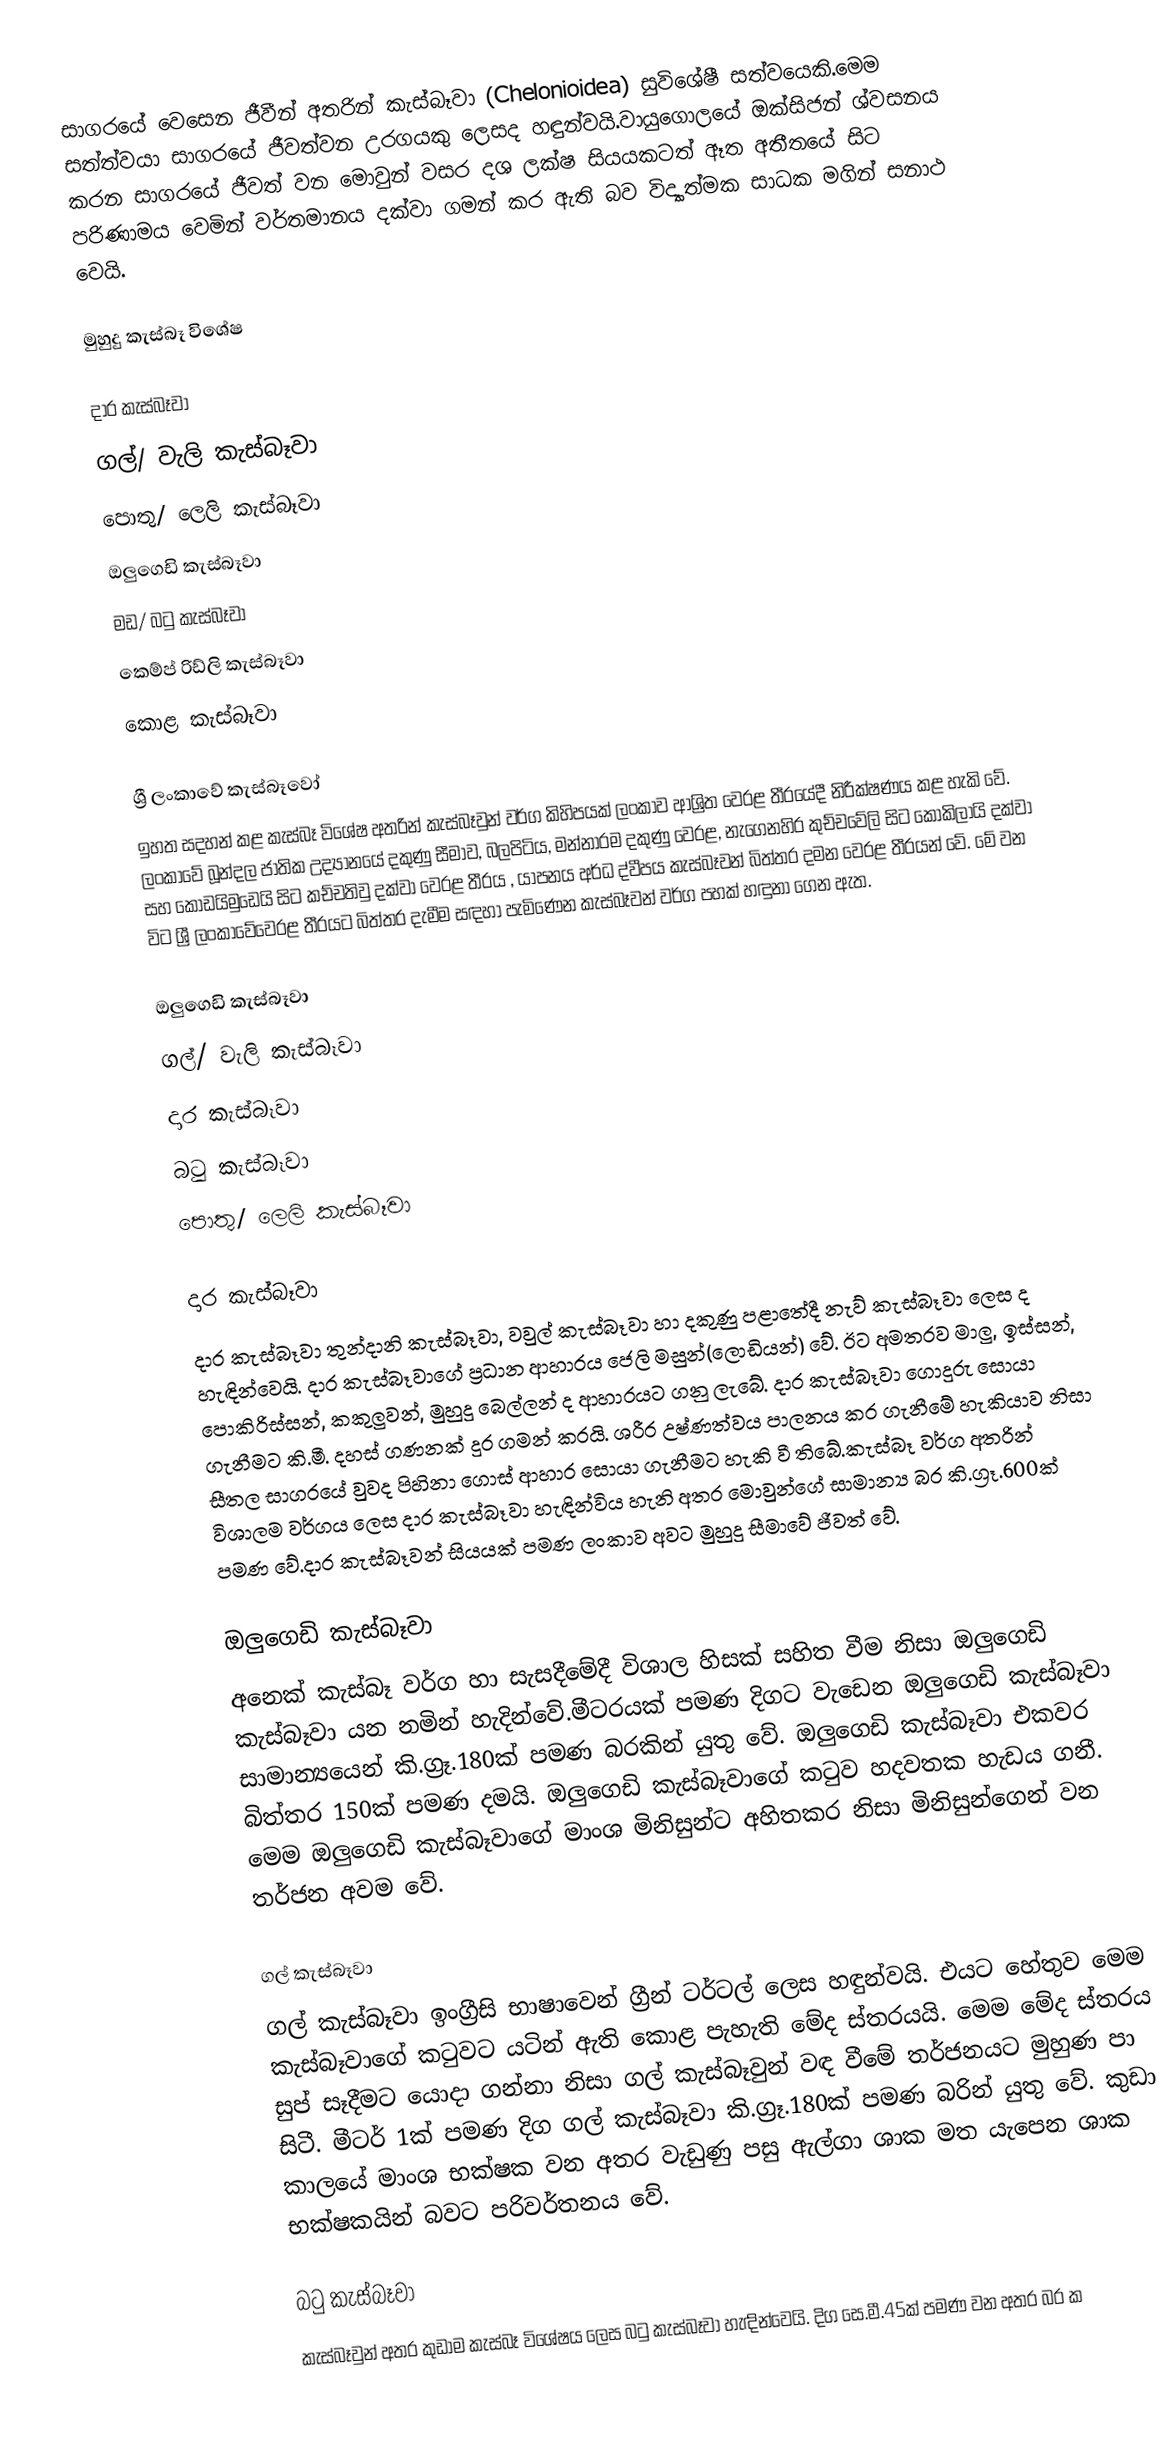
සාගරයේ වෙසෙන ජීවීන් අතරින් කැස්බෑවා (Chelonioidea) සුවිශේෂී සත්වයෙකි.මෙම සත්ත්වයා සාගරයේ ජීවත්වන උරගයකු ලෙසද හඳුන්වයි.වායුගොලයේ ඔක්සිජන් ශ්වසනය කරන සාගරයේ ජීවත් වන මොවුන් වසර දශ ලක්ෂ සියයකටත් ඈත අතීතයේ සිට පරිණාමය වෙමින් වර්තමානය දක්වා ගමන් කර ඇති බව විද්‍යාත්මක සාධක මගින් සනාථ වෙයි.

මුහුදු කැස්බෑ විශේෂ

දාර කැස්බෑවා
ගල්/ වැලි කැස්බෑවා
පොතු/ ලෙ‍ලි කැස්බෑවා
ඔලුගෙඩි කැස්බෑවා
මඩ/ බටු කැස්බෑවා
කෙම්ප් රිඩ්ලි කැස්බෑවා
කොළ කැස්බෑවා

ශ්‍රී ලංකාවේ කැස්බෑවෝ
ඉහත සදහන් කළ කැස්බෑ විශේෂ අතරින් කැස්බෑවුන් වර්ග කිහිපයක් ලංකාව ආශ්‍රිත වෙරළ තීරයේදී නිරීක්ෂණය කළ හැකි වේ. ලංකාවේ බූන්දල ජාතික උද්‍යානයේ දකුණු සීමාව, බලපිටිය, මන්නාරම දකුණු වෙරළ, නැගෙනහිර කුච්චවේලි සිට කෝකිලායි දක්වා සහ කොඩයිමුඩෙයි සිට කච්චතිවු දක්වා වෙරළ තීරය , යාපනය අර්ධ ද්වීපය කැස්බෑවන් බිත්තර දමන වෙරළ තීරයන් වේ. මේ වන විට  ශ්‍රී ලංකාවේවෙරළ තීරයට බිත්තර දැමීම සඳහා පැමිණෙන කැස්බෑවන් වර්ග පහක් හඳුනා ගෙන ඇත.

ඔලුගෙඩි කැස්බෑවා
ගල්/ වැලි කැස්බෑවා
දාර කැස්බෑවා
බටු කැස්බෑවා
පොතු/ ලෙ‍ලි කැස්බෑවා

දාර කැස්බෑවා
දාර කැස්බෑවා තුන්දානි කැස්බෑවා, වවුල් කැස්බෑවා හා දකුණු පළාතේදී නැව් කැස්බෑවා ලෙස ද හැඳින්වෙයි. දාර කැස්බෑවාගේ ප්‍රධාන ආහාරය ජෙලි මසුන්(ලොඩියන්) වේ. ඊට අමතරව මාලු, ඉස්සන්, පොකිරිස්සන්, කකුලුවන්, මුහුදු බෙල්ලන් ද ආහාරයට ගනු ලැබේ. දාර කැස්බෑවා ගොදුරු සොයා ගැනීමට කි.මී. දහස් ගණනක් දුර ගමන් කරයි. ශරීර උෂ්ණත්වය පාලනය කර ගැනීමේ හැකියාව නිසා සීතල සාගරයේ වුවද පිහිනා ගොස් ආහාර සොයා ගැනීමට හැකි වී තිබේ.කැස්බෑ වර්ග අතරින් විශාලම වර්ගය ලෙස දාර කැස්බෑවා හැඳින්විය හැනි අතර ‍මොවුන්ගේ සාමාන්‍ය  බර කි.ග්‍රෑ.600ක් පමණ වේ.දාර කැස්බෑවන් සියයක් පමණ ලංකාව අවට මුහුදු සීමාවේ ජීවත් වේ.

ඔලුගෙඩි කැස්බෑවා
අනෙක්  කැස්බෑ වර්ග හා සැසදීමේදී විශාල හිසක් සහිත වීම නිසා ඔලුගෙඩි කැස්බෑවා යන නමින් හැදින්වේ.මීටරයක් පමණ දිගට වැඩෙන ඔලුගෙඩි කැස්බෑවා සාමාන්‍යයෙන් කි.ග්‍රෑ.180ක් පමණ බරකින් යුතු වේ. ඔලුගෙඩි කැස්බෑවා එකවර බිත්තර 150ක් පමණ දමයි. ඔලුගෙඩි කැස්බෑවාගේ කටුව හදවතක හැඩය ගනී. මෙම ඔලුගෙඩි කැස්බෑවාගේ මාංශ මිනිසුන්ට අහිතකර නිසා මිනිසුන්ගෙන් වන තර්ජන අවම වේ.

ගල්  කැස්බෑවා
ගල්  කැස්බෑවා ඉංග්‍රීසි භාෂාවෙන් ග්‍රීන් ටර්ටල් ලෙස හඳුන්වයි. එයට හේතුව මෙම කැස්බෑවාගේ කටුවට යටින් ඇති කොළ පැහැති මේද ස්තරයයි. මෙම මේද ස්තරය සුප් සෑදීමට යොදා ගන්නා නිසා ගල්  කැස්බෑවුන් වඳ වීමේ තර්ජනයට මුහුණ පා සිටී. මීටර් 1ක් පමණ දිග ගල්  කැස්බෑවා කි.ග්‍රෑ.180ක් පමණ බරින් යුතු වේ. කුඩා කාලයේ මාංශ භක්ෂක වන අතර වැඩුණු පසු ඇල්ගා ශාක මත යැපෙන ශාක භක්ෂකයින් බවට පරිවර්තනය වේ.

බටු  කැස්බෑවා
කැස්බෑවුන් අතර කුඩාම කැස්බෑ විශේෂය ලෙස බටු  කැස්බෑවා හැඳින්වෙයි. දිග සෙ.මී.45ක් පමණ වන අතර බර ක